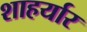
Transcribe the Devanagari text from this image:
शाहर्यार